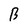
Character: B